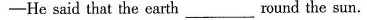
-He said that the earth ___ round the sun.